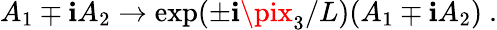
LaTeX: A_{1}\mp\mathbf{i}A_{2}\to\exp(\pm\mathbf{i}\pix_{3}/L)(A_{1}\mp\mathbf{i}A_{2})\ .